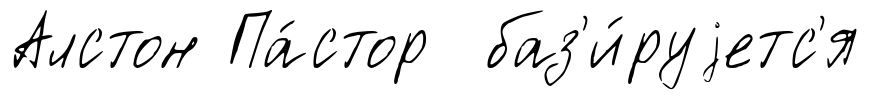
Алстон Па́стор баз'и́руjетс'я